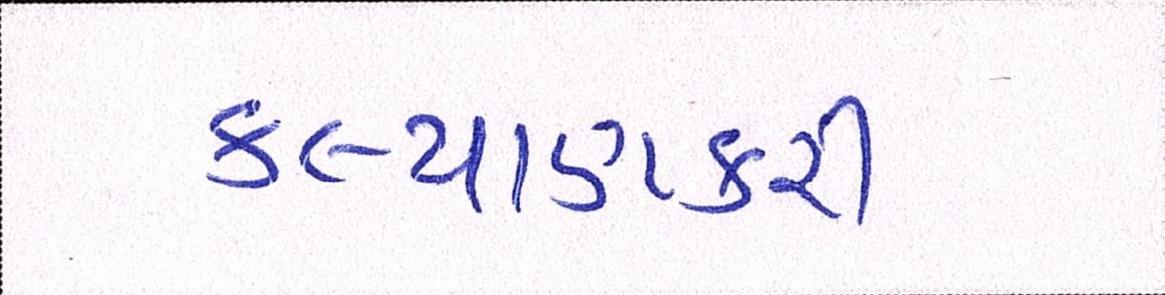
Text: કલ્યાણકારી